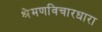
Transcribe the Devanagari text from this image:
श्रेमणविचारधारा